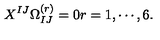
X ^ { I J } \Omega _ { I J } ^ { ( r ) } = 0 r = 1 , \cdots , 6 .